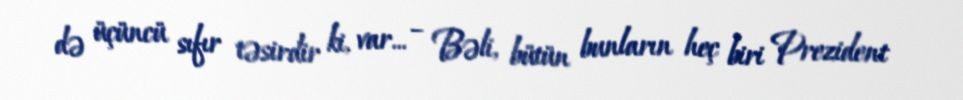
də üçüncü sıfır təsirdir ki, var... – Bəli, bütün bunların heç biri Prezident